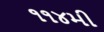
૧૧૪મી